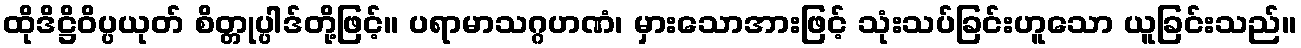
ထိုဒိဋ္ဌိဝိပ္ပယုတ် စိတ္တုပ္ပါဒ်တို့ဖြင့်။ ပရာမာသဂ္ဂဟဏံ၊ မှားသောအားဖြင့် သုံးသပ်ခြင်းဟူသော ယူခြင်းသည်။